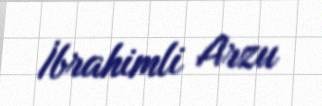
İbrahimli Arzu